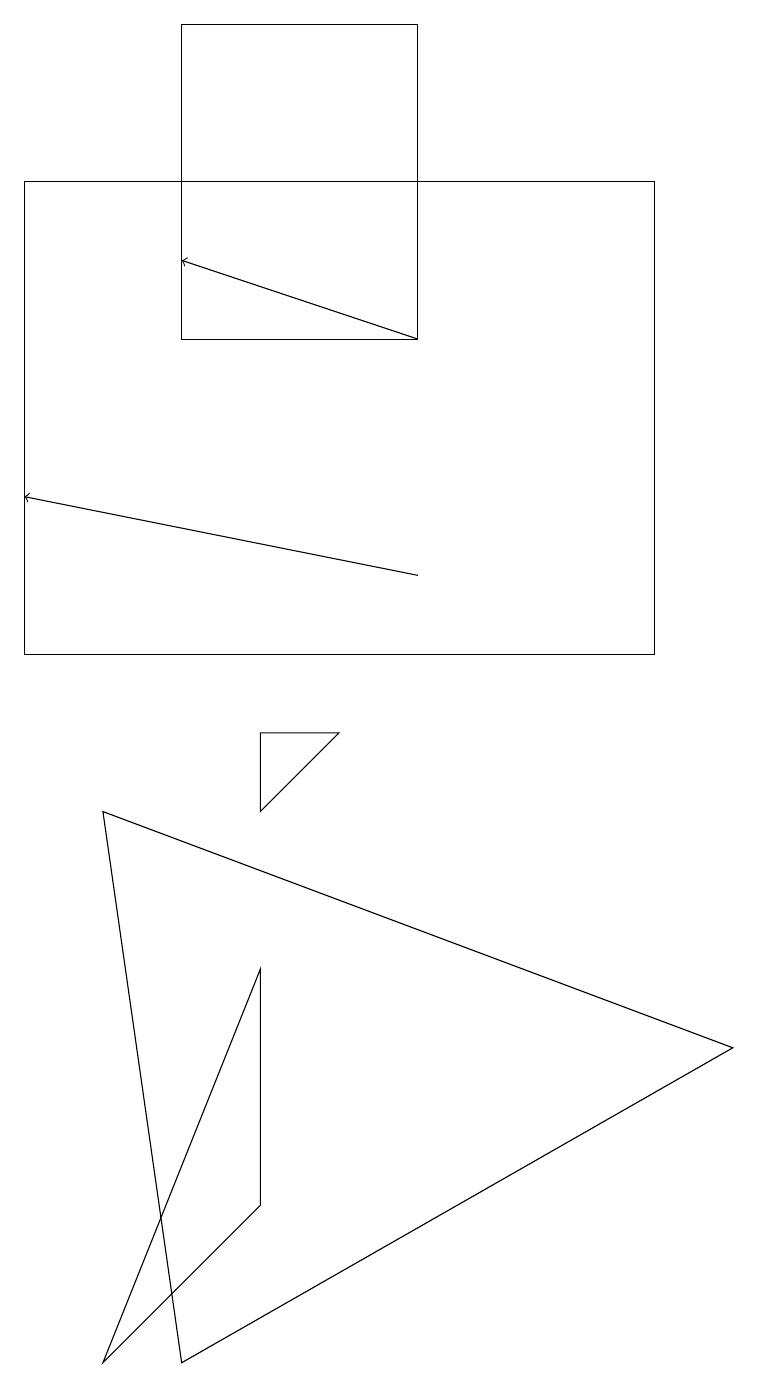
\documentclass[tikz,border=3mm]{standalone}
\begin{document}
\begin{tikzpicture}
\draw (1,1) -- (3,3) -- (3,6) -- cycle;
\draw (3,8) -- (4,9) -- (3,9) -- cycle;
\draw[->] (5,14) -- (2,15);
\draw (0,10) rectangle (8,16);
\draw (2,14) rectangle (5,18);
\draw[->] (5,11) -- (0,12);
\draw (9,5) -- (2,1) -- (1,8) -- cycle;
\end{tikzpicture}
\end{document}